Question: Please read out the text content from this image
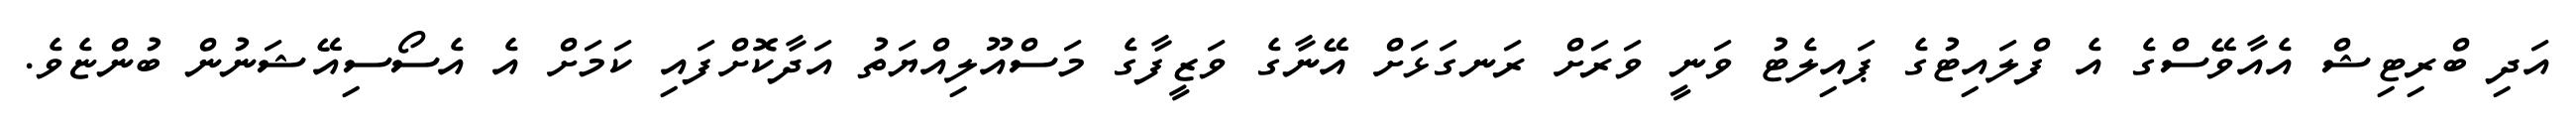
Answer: އަދި ބްރިޓިޝް އެއާވޭސްގެ އެ ފްލައިޓުގެ ޕައިލެޓު ވަނީ ވަރަށް ރަނގަޅަށް އޭނާގެ ވަޒީފާގެ މަސްއޫލިއްޔަތު އަދާކޮށްފައި ކަމަށް އެ އެސޯސިއޭޝަނުން ބުންޏެވެ.